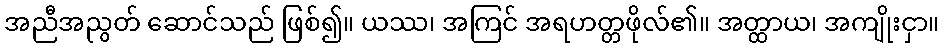
အညီအညွတ် ဆောင်သည် ဖြစ်၍။ ယဿ၊ အကြင် အရဟတ္တဖိုလ်၏။ အတ္ထာယ၊ အကျိုးငှာ။